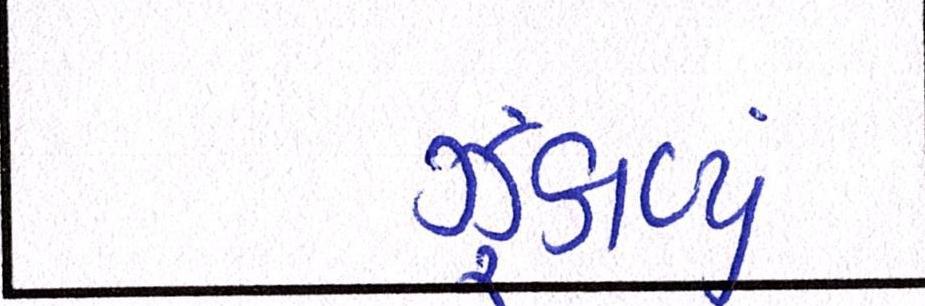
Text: ઝૂંકાવ્યું